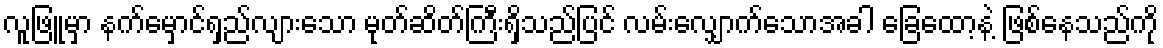
လူဖြူမှာ နက်မှောင်ရှည်လျားသော မုတ်ဆိတ်ကြီးရှိသည်ပြင် လမ်းလျှောက်သောအခါ ခြေထော့နဲ့ ဖြစ်နေသည်ကို